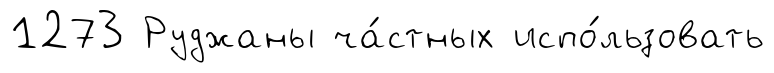
1273 Руджаны ча́стных испо́льзовать